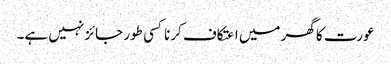
عورت کا گھر میں اعتکاف کرنا کسی طور جائز نہیں ہے۔